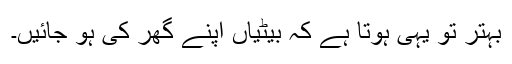
بہتر تو یہی ہوتا ہے کہ بیٹیاں اپنے گھر کی ہو جائیں۔